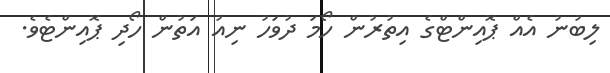
ލިބުނު އެއް ޕޮއިންޓްގެ އިތުރުން ހޯމަ ދުވަހު ނިއު އަތުން ހޯދި ޕޮއިންޓެވެ.